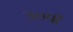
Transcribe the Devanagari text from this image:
उ०पी